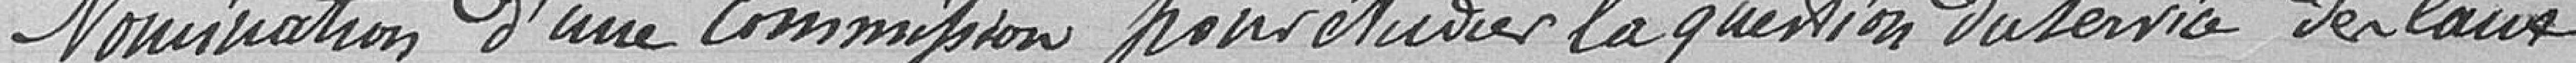
Nomination d'une commission pour étudier la question du service des eaux